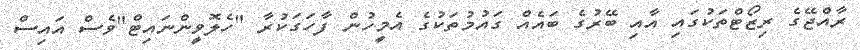
ރާއްޖޭގެ ރިޒޯޓްތަކުގައި އާއި ބޭރުގެ ބައެއް ގައުމުތަކުގެ އެމީހުން ފާހަގަކުރާ "ހެލޮވީންނައިޓް"ވެސް އައިސް